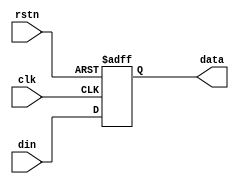
module randomdata
(
  input clk,
  input rstn,

  input      [15 : 0] din,
  output reg [15 : 0] data
);

  always @ (posedge clk or negedge rstn) begin
    if(!rstn)
      data <= 'd0; 
    else 
      data <= din;
  end

endmodule